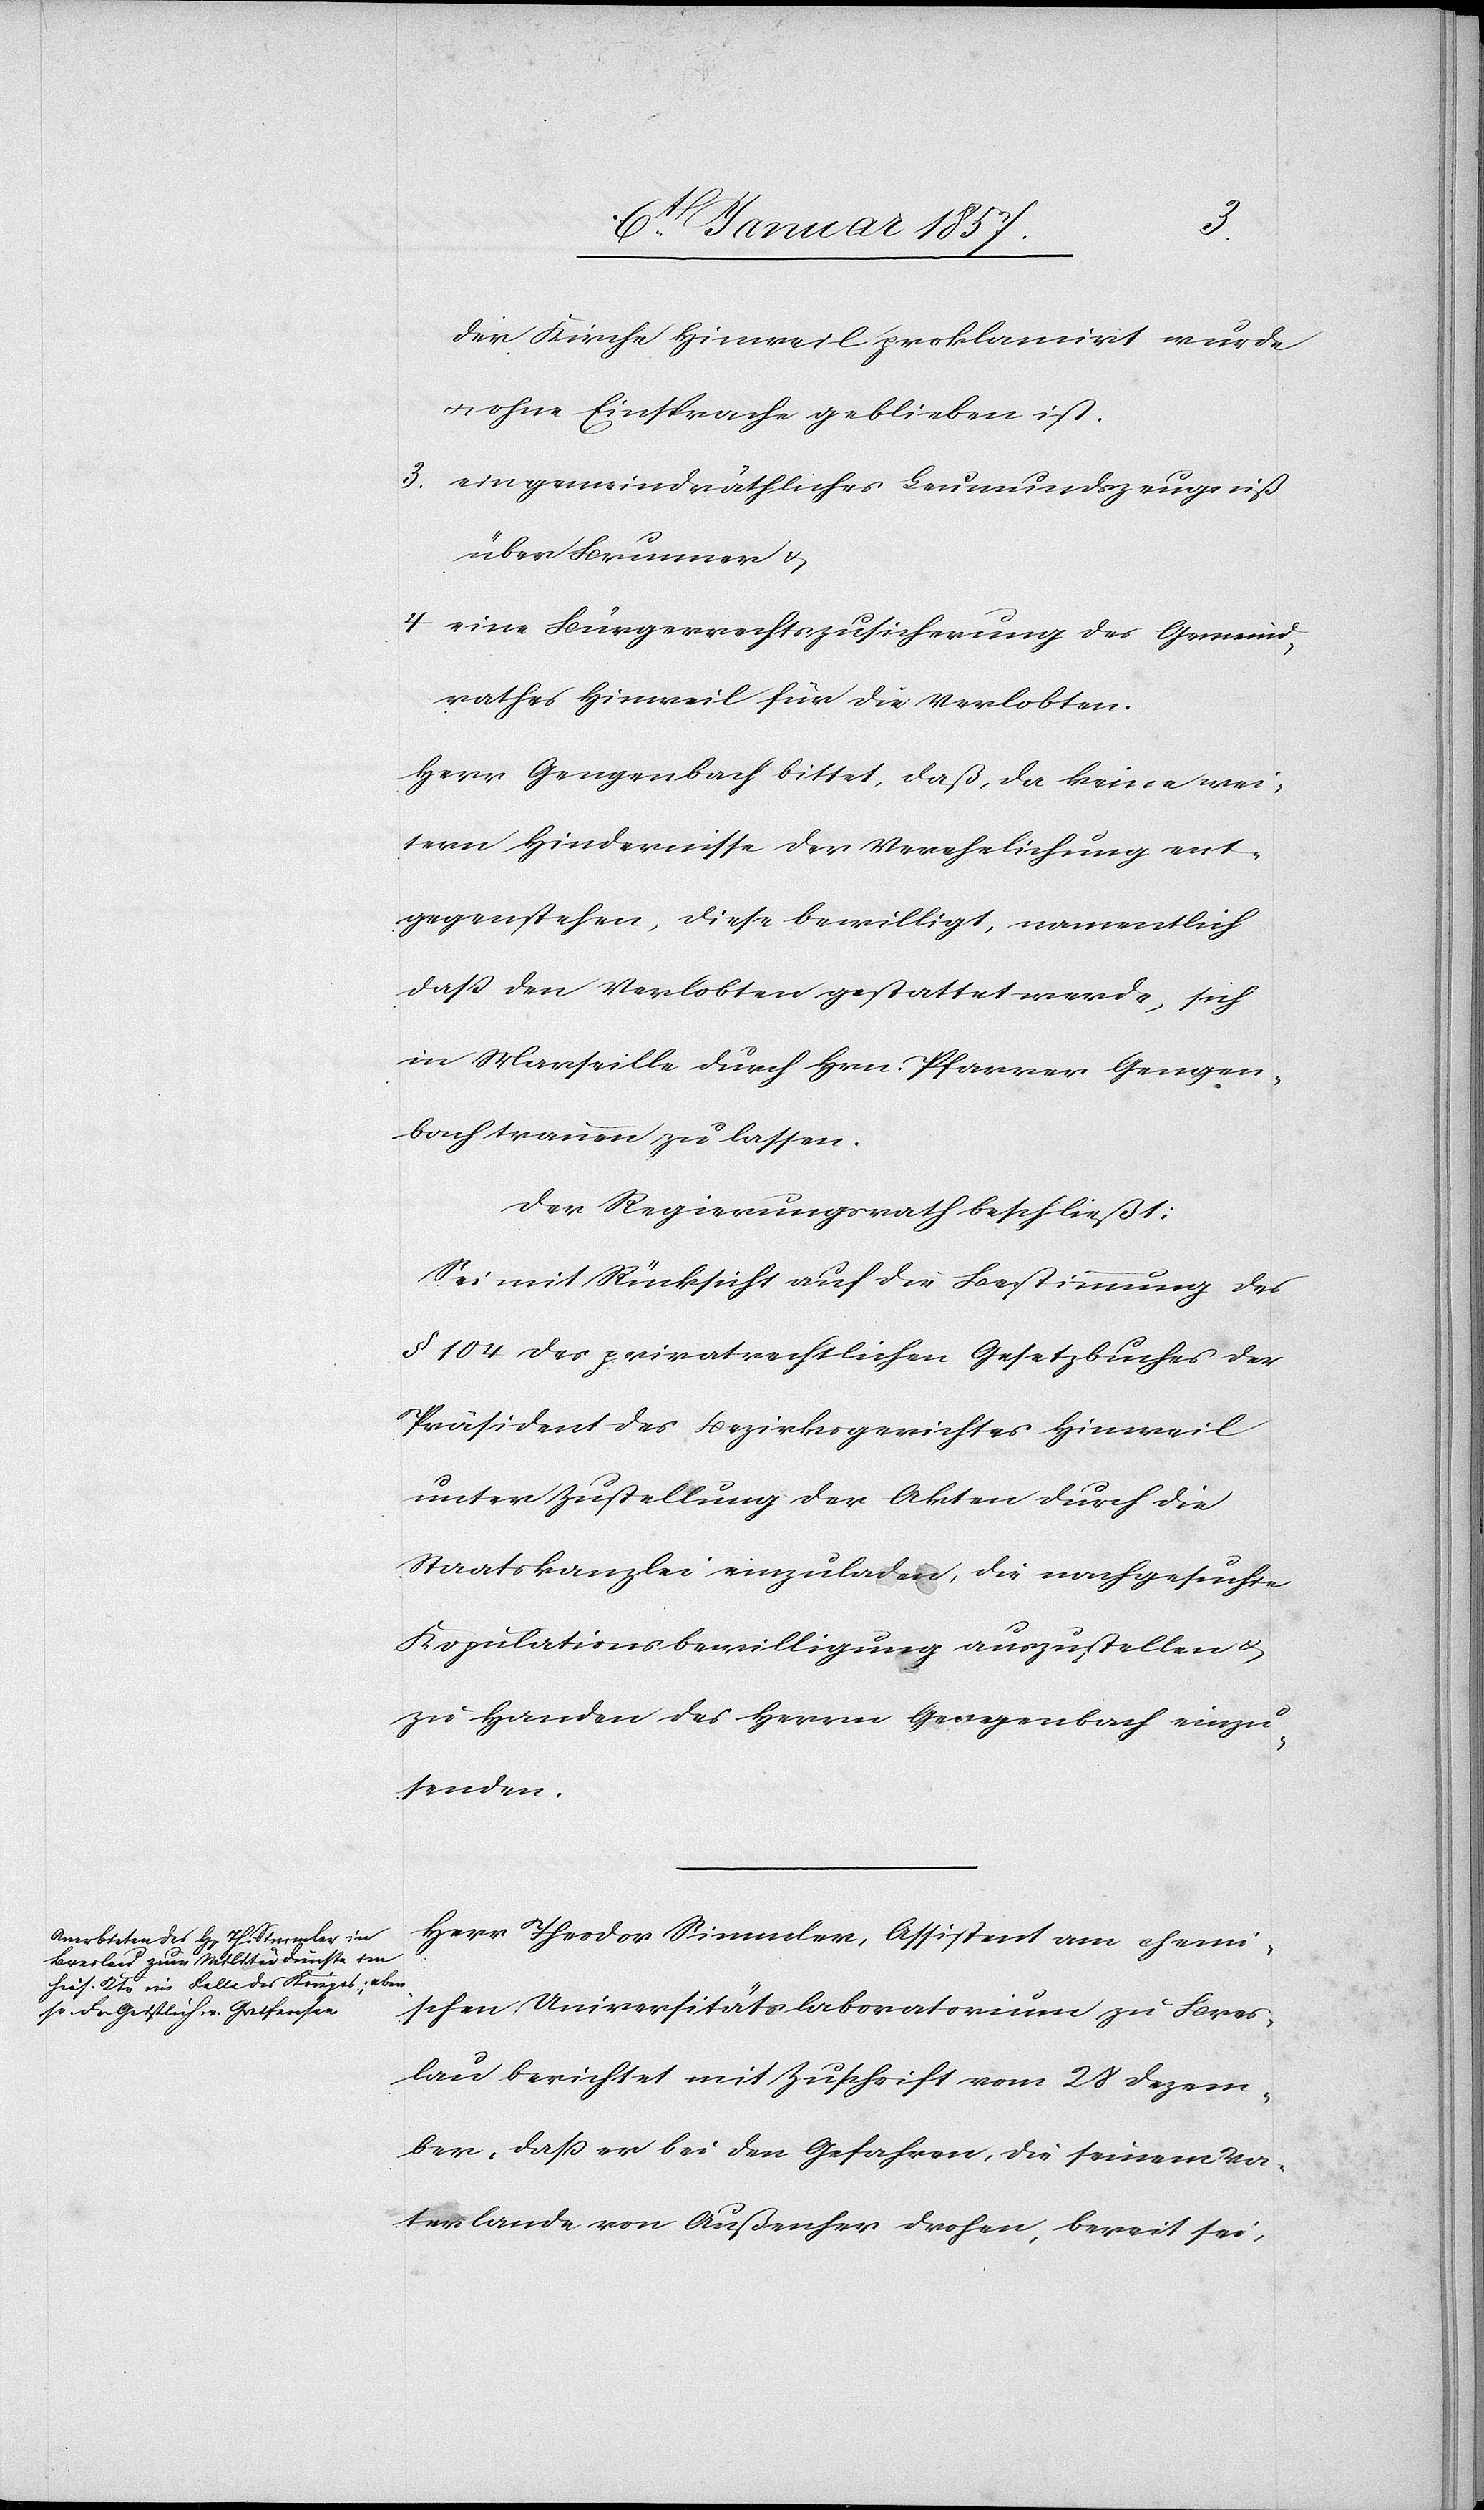
der Kirche Hinweil proklamirt wurde
u. ohne Einsprache geblieben ist.
3. ein gemeindräthliches Leumundszeugniß
über Brunner u.
4. eine Bürgerrechtszusicherung des Gemeind¬
rathes Hinweil für die Verlobten.
Herr Gengenbach bittet, daß, da keine wei¬
tern Hindernisse der Verehelichung ent¬
gegenstehen, diese bewilligt, namentlich
daß den Verlobten gestattet werde, sich
in Marseille durch Hrn. Pfarrer Gengen¬
bach trauen zu lassen.
Der Regierungsrath beschließt:
Sei mit Rücksicht auf die Bestimmung des
§ 104 des privatrechtlichen Gesetzbuches der
Präsident des Bezirksgerichtes Hinweil
unter Zustellung der Akten durch die
Staatskanzlei einzuladen, die nachgesuchte
Kopulationsbewilligung auszustellen u.
zu Handen des Herrn Gengenbach einzu¬
senden.
Herr Theodor Simmler, Assistent am chemi¬
schen Universitätslaboratorium zu Bres¬
lau berichtet mit Zuschrift vom 28 Dezem¬
ber, daß er bei den Gefahren, die seinem Va¬
terlande von Außenher drohen, bereit sei,